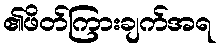
၏ဖိတ်ကြားချက်အရ